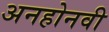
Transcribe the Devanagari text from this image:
अनहोनवी